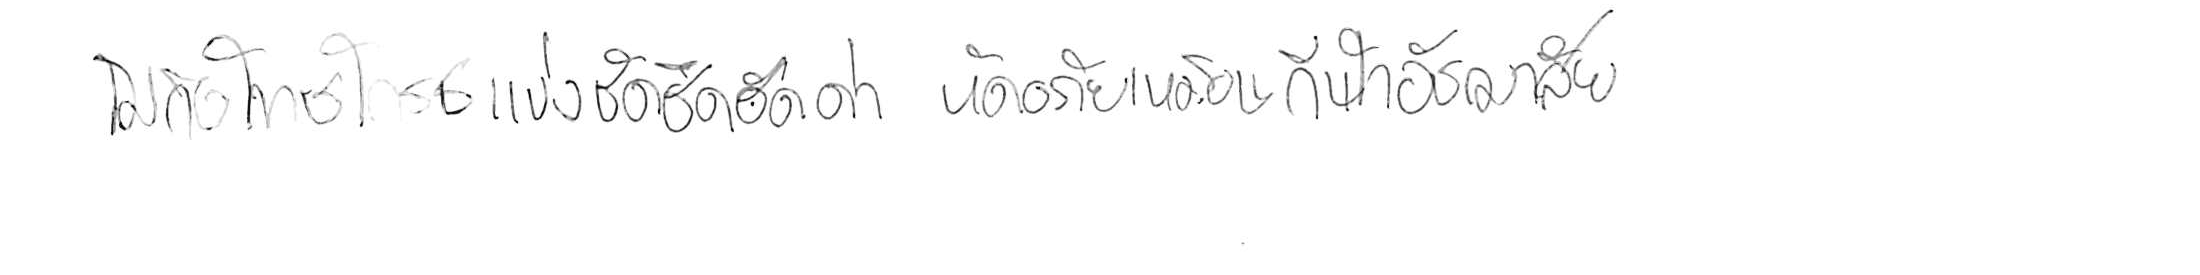
ไม่ถือโทษโกรธแช่งซัดฮึดฮัดด่า หัดอภัยเหมือนกีฬาอัชฌาสัย